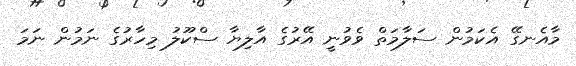
މާއެނގޭ އެކަމުން ސަލާމަތް ވެވުނީ އޭރުގެ އާލިޔާ ސްކޫލު މިހާރުގެ ނަމުން ނަމަ